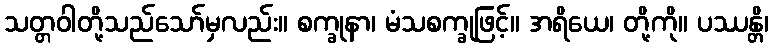
သတ္တဝါတို့သည်သော်မှလည်း။ စက္ခုနာ၊ မံသစက္ခုဖြင့်။ အရိယေ၊ တို့ကို။ ပဿန္တိ၊